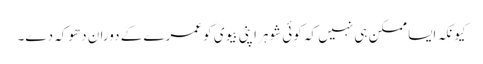
کیونکہ ایسا ممکن ہی نہیں کہ کوئی شوہر اپنی بیوی کو عمرے کے دوران دھوکہ دے۔